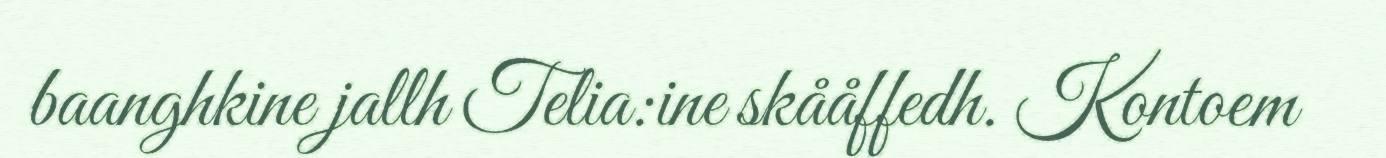
baanghkine jallh Telia:ine skååffedh. Kontoem